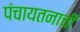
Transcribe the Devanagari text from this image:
पंचायतनाची